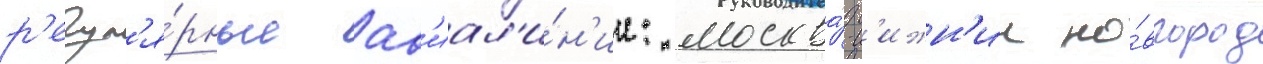
р'егул'я́рные ав'иал'и́н'ии: москва́-н'ижн'ии но́вгород